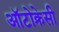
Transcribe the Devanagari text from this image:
ऑटोक्रेसी